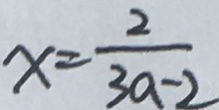
x = \frac { 2 } { 3 a - 2 }